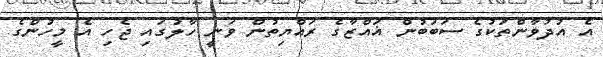
އެ އުދުވާންތަކުގެ ސަބަބުން ޣައްޒާގެ ރައްޔިތުން ވަނީ ހާލުގައި ޖެހި އެ މީހުންގެ